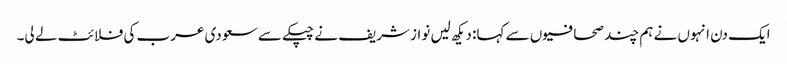
ایک دن انہوں نے ہم چند صحافیوں سے کہا: دیکھ لیں نواز شریف نے چپکے سے سعودی عرب کی فلائٹ لے لی۔